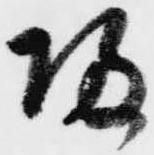
帰